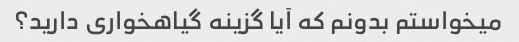
میخواستم بدونم که آیا گزینه گیاهخواری دارید؟